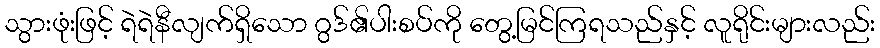
သွားဖုံးဖြင့် ရဲရဲနီလျက်ရှိသော ဂွဒ်၏ပါးစပ်ကို တွေ့မြင်ကြရသည်နှင့် လူရိုင်းများလည်း